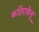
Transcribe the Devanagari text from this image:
कदिरावेलू